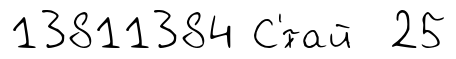
13811384 С'́тай 25